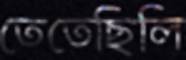
তেতেছিলি